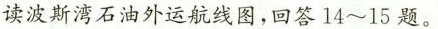
读波斯湾石油外运航线图，回答14~15题。